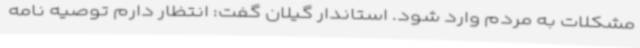
مشکلات به مردم وارد شود. استاندار گیلان گفت: انتظار دارم توصیه نامه